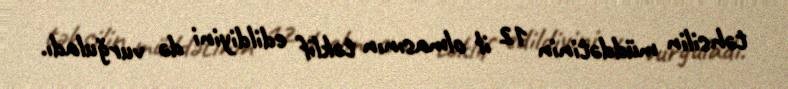
təhsilin müddətinin 12 il olmasının təklif edildiyini də vurğuladı.